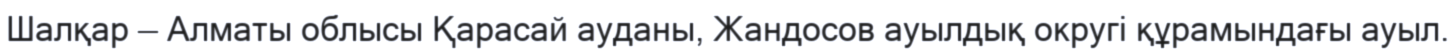
Шалқар — Алматы облысы Қарасай ауданы, Жандосов ауылдық округі құрамындағы ауыл.